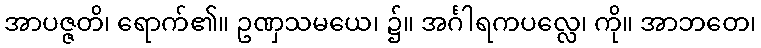
အာပဇ္ဇတိ၊ ရောက်၏။ ဥဏှသမယေ၊ ၌။ အင်္ဂါရကပလ္လေ၊ ကို။ အာဘတေ၊